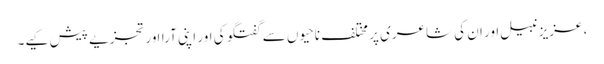
، عزیز نبیل اور ان کی شاعری پر مختلف ناحیوں سے گفتگو کی اور اپنی آرااور تجزیے پیش کیے۔